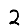
Digit: 2